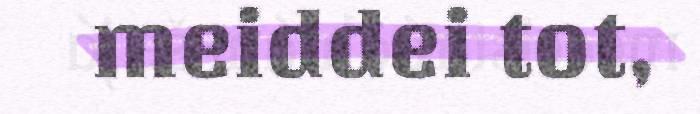
meiddei tot,